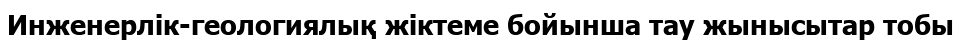
Инженерлік-геологиялық жіктеме бойынша тау жынысытар тобы